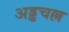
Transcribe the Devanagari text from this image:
अड्डचल्ल